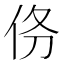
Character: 𬽺